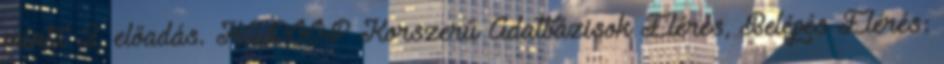
minta 2. előadás. HADOOP Korszerű Adatbázisok Elérés, Belépés Elérés: